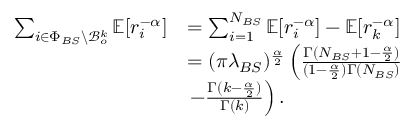
\begin{array} { r l } { \sum _ { i \in \Phi _ { B S } \backslash \mathcal { B } _ { o } ^ { k } } \mathbb { E } [ r _ { i } ^ { - \alpha } ] } & { = \sum _ { i = 1 } ^ { N _ { B S } } \mathbb { E } [ r _ { i } ^ { - \alpha } ] - \mathbb { E } [ r _ { k } ^ { - \alpha } ] } \\ & { = ( \pi \lambda _ { B S } ) ^ { \frac { \alpha } { 2 } } \left( \frac { \Gamma ( N _ { B S } + 1 - \frac { \alpha } { 2 } ) } { ( 1 - \frac { \alpha } { 2 } ) \Gamma ( N _ { B S } ) } \right. } \\ & { \left. - \frac { \Gamma ( k - \frac { \alpha } { 2 } ) } { \Gamma ( k ) } \right) . } \end{array}